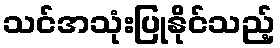
သင်အသုံးပြုနိုင်သည့်